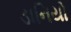
ડાનિયો